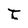
Character: t